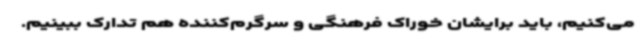
می‌کنیم، باید برایشان خوراک فرهنگی و سرگرم‌کننده هم تدارک ببینیم.